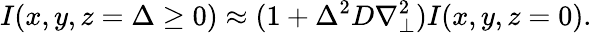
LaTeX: I(x,y,z=\Delta\ge 0)\approx(1+\Delta^{2}D\nabla_{\perp}^{2})I(x,y,z=0).